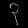
Digit: ၃